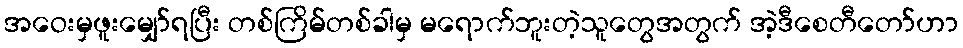
အဝေးမှဖူးမျှော်ရပြီး တစ်ကြိမ်တစ်ခါမှ မရောက်ဘူးတဲ့သူတွေအတွက် အဲ့ဒီစေတီတော်ဟာ